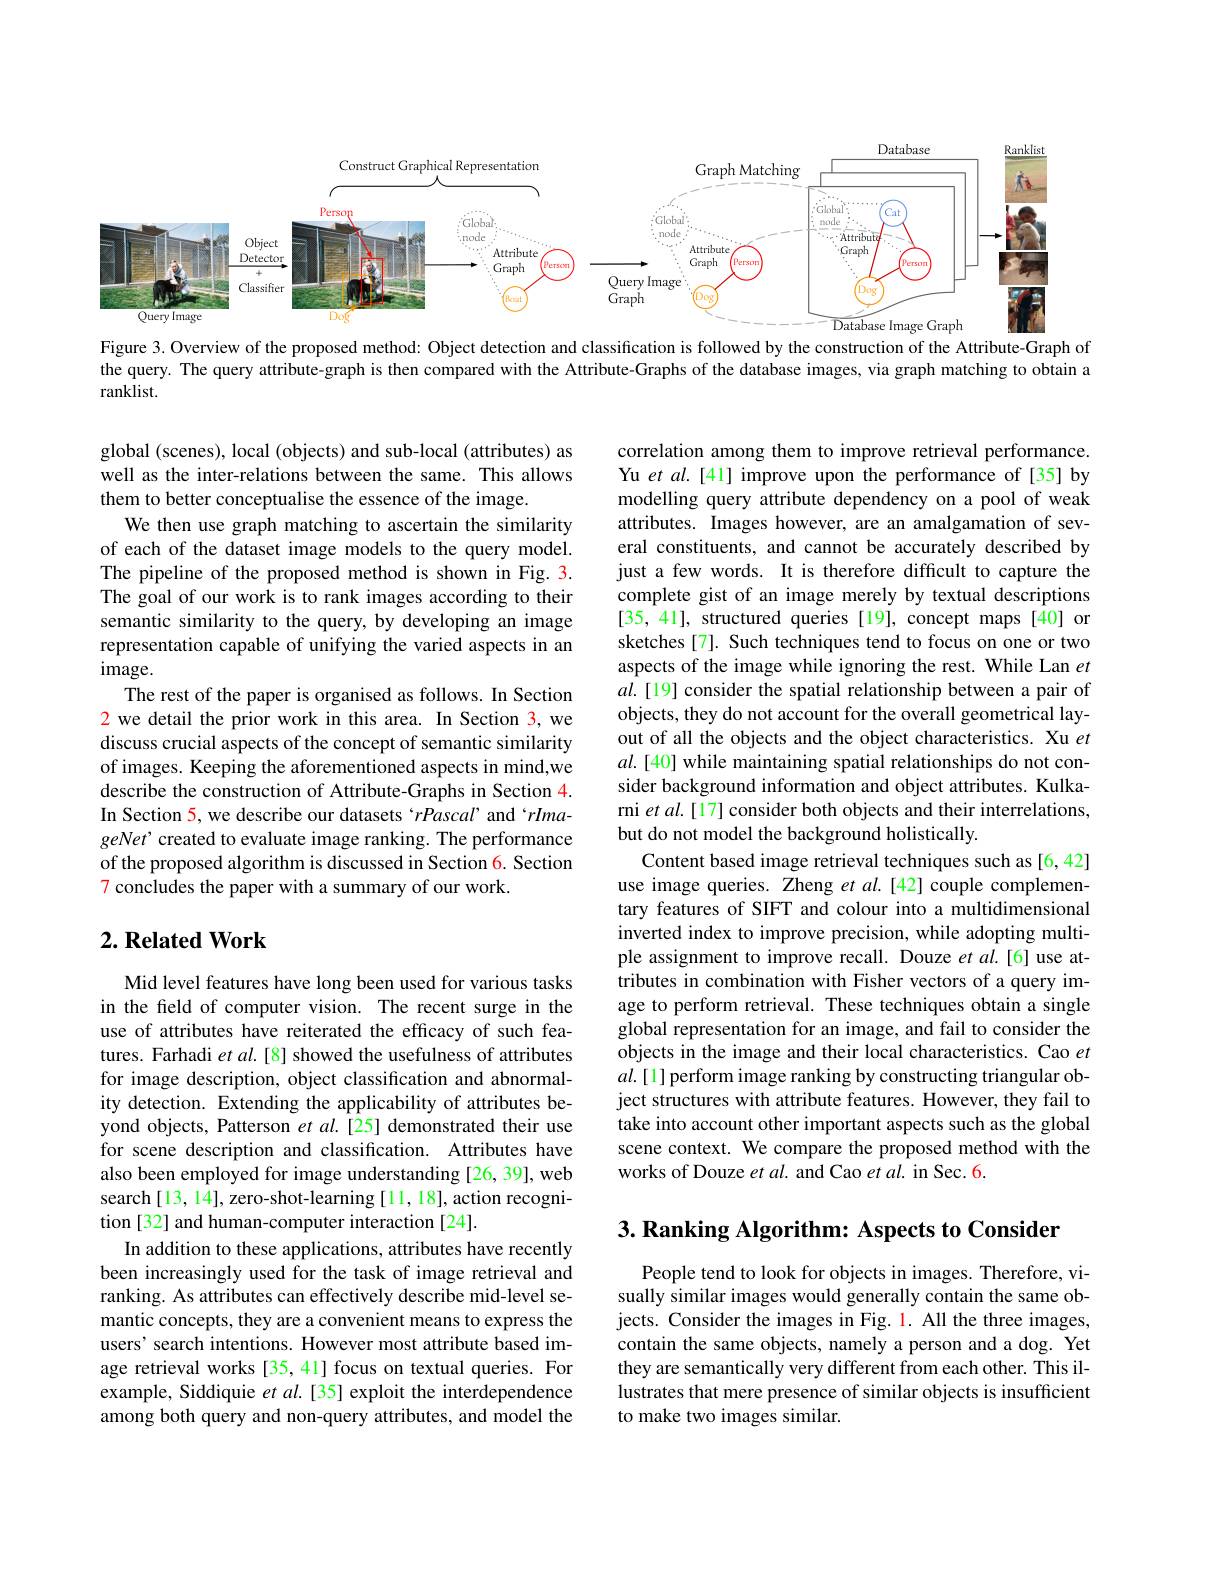
<FigureHere>

Figure 3. Overview of the proposed method: Object detection and classification is followed by the construction of the Attribute-Graph of

the query. The query attribute-graph is then compared with the Attribute-Graphs of the database images, via graph matching to obtain a

ranklist.

global (scenes), local (objects) and sub-local (attributes) as well as the inter-relations between the same. This allows them to better conceptualise the essence of the image.
We then use graph matching to ascertain the similarity of each of the dataset image models to the query model. The pipeline of the proposed method is shown in Fig.3. The goal of our work is to rank images according to their semantic similarity to the query, by developing an image representation capable of unifying the varied aspects in an $image.$
The rest of the paper is organised as follows. In Section 2 we detail the prior work in this area. In Section 3, we discuss crucial aspects of the concept of semantic similarity of images. Keeping the aforementioned aspects in mind,we describe the construction of Attribute-Graphs in Section 4. In Section 5, we describe our datasets `rPascal' and‘rImageNet' created to evaluate image ranking. The performance of the proposed algorithm is discussed in Section 6. Section 7 concludes the paper with a summary of our work

correlation among them to improve retrieval performance. Yu et al.[41] improve upon the performance of [35] by modelling query attribute dependency on a pool of weak attributes. Images however, are an amalgamation of several constituents, and cannot be accurately described by just a few words. It is therefore difficult to capture the complete gist of an image merely by textual descriptions [35, 41], structured queries [19], concept maps [40] or sketches[7]. Such techniques tend to focus on one or two aspects of the image while ignoring the rest. While Lan $et$ $al.[19]$ consider the spatial relationship between a pair of objects, they do not account for the overall geometrical layout of all the objects and the object characteristics. Xu et $al.[40]$ while maintaining spatial relationships do not consider background information and object attributes. Kulkarni et al.[17] consider both objects and their interrelations, but do not model the background holistically.
Content based image retrieval techniques such as [6,42] use image queries. Zheng $etal.[42]$ couple complementary features of SIFT and colour into a multidimensional inverted index to improve precision, while adopting multiple assignment to improve recall. Douze $et$ al.[6] use attributes in combination with Fisher vectors of a query image to perform retrieval. These techniques obtain a single global representation for an image, and fail to consider the objects in the image and their local characteristics. Cao et $al.[1]$ perform image ranking by constructing triangular object structures with attribute features. However, they fail to take into account other important aspects such as the global scene context. We compare the proposed method with the works of Douze et al. and Cao et al. in Sec. 6

## $2. \textbf{Related Work}$

Mid level features have long been used for various tasks in the feld of computer vision. The recent surge in the use of attributes have reiterated the efficacy of such features. Farhadi et al. [8] showed the usefulness of attributes for image description, object classification and abnormality detection. Extending the applicability of attributes beyond objects, Patterson et $al.[25]$ demonstrated their use for scene description and classification. Attributes have also been employed for image understanding [26, 39], web search[13,14], zero-shot-learning[11,18], action recognition [32] and human-computer interaction [24].
In addition to these applications, attributes have recently been increasingly used for the task of image retrieval and ranking. As attributes can effectively describe mid-level semantic concepts, they are a convenient means to express the users' search intentions. However most attribute based image retrieval works [35,41] focus on textual queries. For example, Siddiquie $etal.[35]$ exploit the interdependence among both query and non-query attributes, and model the

$3. \textbf{ Ranking Algorithm: Aspects to Consider}$

People tend to look for objects in images. Therefore, visually similar images would generally contain the same objects. Consider the images in Fig. 1. All the three images, contain the same objects, namely a person and a dog. Yet they are semantically very different from each other. This illustrates that mere presence of similar objects is insufficient to make two images similar.